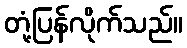
တုံ့ပြန်လိုက်သည်။